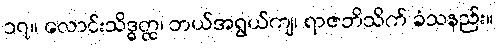
၁၇။ လောင်းသိဒ္ဓတ္ထ၊ ဘယ်အရွယ်ကျ၊ ရာဇဘိသိက် ခံသနည်း။